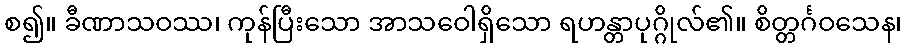
စ၍။ ခီဏာသဝဿ၊ ကုန်ပြီးသော အာသဝေါရှိသော ရဟန္တာပုဂ္ဂိုလ်၏။ စိတ္တင်္ဂဝသေန၊